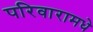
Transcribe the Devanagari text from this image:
परिवारामधे